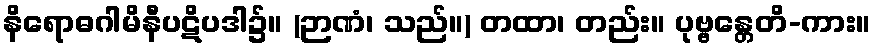
နိရောဓဂါမိနီပဋိပဒါ၌။ (ဉာဏံ၊ သည်။) တထာ၊ တည်း။ ပုဗ္ဗန္တေတိ-ကား။